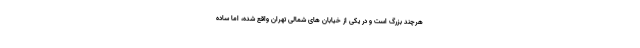
هرچند بزرگ است و در یکی از خیابان های شمالی تهران واقع شده، اما ساده